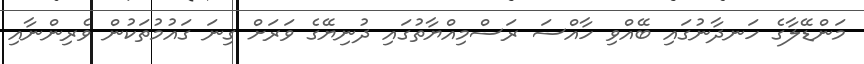
މަންޑޭލާގެ ހަނދާނުގައި ބޭއްވި ހާއްސަ ރަސްމިއްޔާތުގައި ދުނިޔޭގެ ވަރަށް ގިނަ ގައުމުތަކުން ވެރިންނާއި